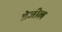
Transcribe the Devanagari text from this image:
ब्रेजील